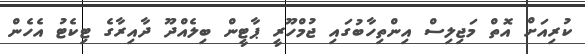
ކުރިއަށް އޮތް މަޖިލިސް އިންތިހާބުގައި ޖުމްހޫރީ ޕާޓީން ބިލެއްދޫ ދާއިރާގެ ޓިކެޓު އެހެން